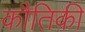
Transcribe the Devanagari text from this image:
कौतिकी